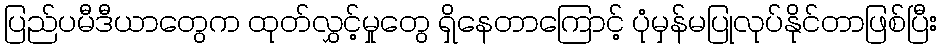
ပြည်ပမီဒီယာတွေက ထုတ်လွှင့်မှုတွေ ရှိနေတာကြောင့် ပုံမှန်မပြုလုပ်နိုင်တာဖြစ်ပြီး